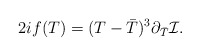
\begin{align*}2i f(T) = (T- {\bar T})^3 \partial_{\bar T} {\cal I}.\end{align*}